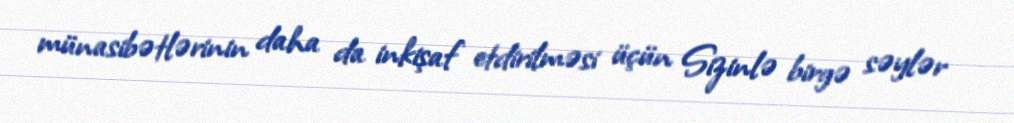
münasibətlərinin daha da inkişaf etdirilməsi üçün Sizinlə birgə səylər